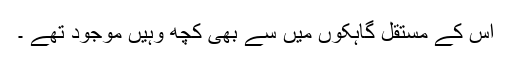
اس کے مستقل گاہکوں میں سے بھی کچھ وہیں موجود تھے ۔